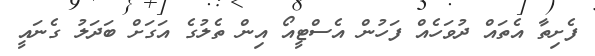
ފެށިތާ އެތައް ދުވަހެއް ފަހުން އެސްޓީއޯ އިން ތެލުގެ އަގަށް ބަދަލު ގެނައީ